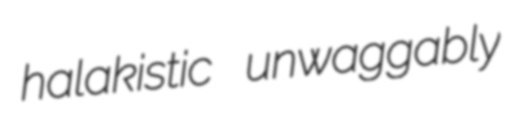
halakistic unwaggably